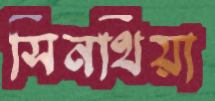
সিনথিয়া